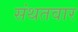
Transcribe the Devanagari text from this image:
संथतवार